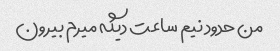
من حدود نیم ساعت دیگه میرم بیرون